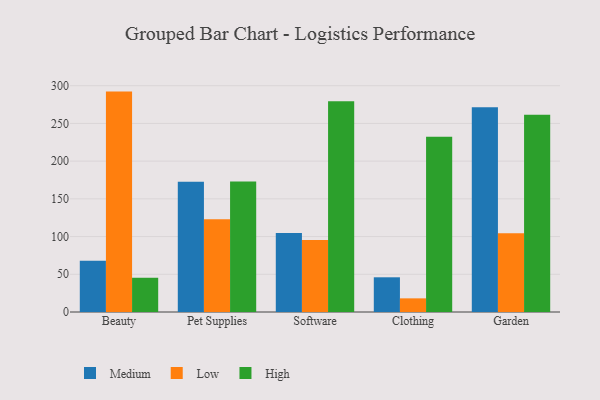
{"axis": {"x": "Category", "y": "Inventory Turnover"}, "legend": ["High", "Low", "Medium"], "data": [{"x": "Beauty", "y": 68.0, "type": "Medium"}, {"x": "Beauty", "y": 292.2, "type": "Low"}, {"x": "Beauty", "y": 45.4, "type": "High"}, {"x": "Pet Supplies", "y": 172.7, "type": "Medium"}, {"x": "Pet Supplies", "y": 123.0, "type": "Low"}, {"x": "Pet Supplies", "y": 173.1, "type": "High"}, {"x": "Software", "y": 104.9, "type": "Medium"}, {"x": "Software", "y": 95.6, "type": "Low"}, {"x": "Software", "y": 279.4, "type": "High"}, {"x": "Clothing", "y": 46.0, "type": "Medium"}, {"x": "Clothing", "y": 18.1, "type": "Low"}, {"x": "Clothing", "y": 232.3, "type": "High"}, {"x": "Garden", "y": 271.4, "type": "Medium"}, {"x": "Garden", "y": 104.5, "type": "Low"}, {"x": "Garden", "y": 261.5, "type": "High"}]}